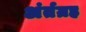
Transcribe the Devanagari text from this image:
अंर्तग्रह